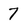
Character: 7